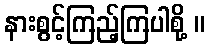
နားစွင့်ကြည့်ကြပါစို့ ။